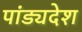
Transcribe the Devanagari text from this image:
पांड्यदेश